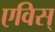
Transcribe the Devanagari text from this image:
एविस्